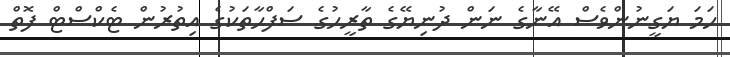
ހަމަ ޔަގީނުންވެސް އޭނާގެ ނަން ދުނިޔޭގެ ތާރީޙުގެ ސަފްޙާތަކުގެ އިތުރުން ޓެކްސްޓް ފޮތް